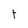
Character: t